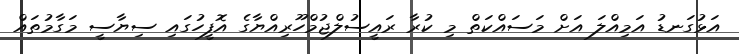
އަޅުގަނޑު އަމިއްލަ އަށް މަސައްކަތް މި ކުރާ ރައީސުލްޖުމްހޫރިއްޔާގެ އޮފީހުގައި ސިޔާސީ މަގާމުތައް